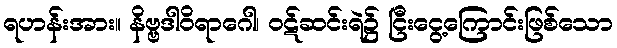
ရဟန်းအား။ နိဗ္ဗဒါဝိရာဂေါ၊ ဝဋ်ဆင်းရဲ၌ ငြီးငွေ့ကြောင်းဖြစ်သော